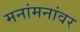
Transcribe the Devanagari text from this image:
मनांमनांवर